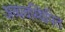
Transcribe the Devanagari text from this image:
अव्यवस्थिपित